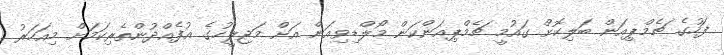
ފަހުގެ ޗެމްޕިއަން ބަލިކޮށް ގައުމީ ޗެމްޕިއަންކަން މޯލްޑިވިއަން އަށް މަޖިލީހުގެ އުފެއްދުންތެރިކަމަށް މިއަހަރު